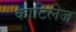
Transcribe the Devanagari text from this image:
काटिलेज